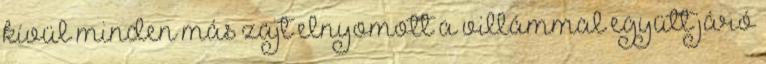
kívül minden más zajt elnyomott a villámmal együtt járó